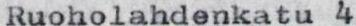
Ruoholahdenkatu 4